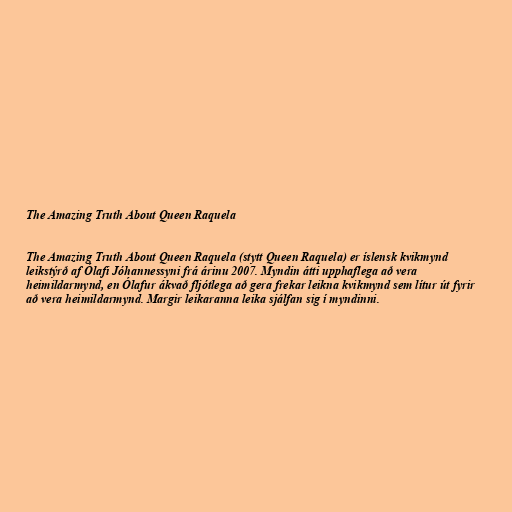
The Amazing Truth About Queen Raquela

The Amazing Truth About Queen Raquela (stytt Queen Raquela) er íslensk kvikmynd
leikstýrð af Ólafi Jóhannessyni frá árinu 2007. Myndin átti upphaflega að vera
heimildarmynd, en Ólafur ákvað fljótlega að gera frekar leikna kvikmynd sem lítur út fyrir
að vera heimildarmynd. Margir leikaranna leika sjálfan sig í myndinni.